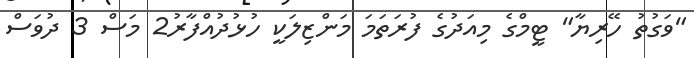
"ވަގުތު ހޭރިޔާ" ޓީމްގެ މިއަދުގެ ފުރަތަމަ މަންޒިލަކީ ހުޅުދުއްފާރު2 މަސް 3 ދުވަސް